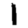
Digit: 1